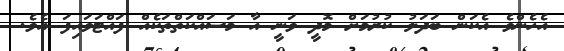
އެހެންވެ އެކަން ބަދަލު ކުރުމަށް މޮދީ ވަނީ އާ މަސައްކަތްތަކެއް ފައްޓަވައިފަ އެވެ.